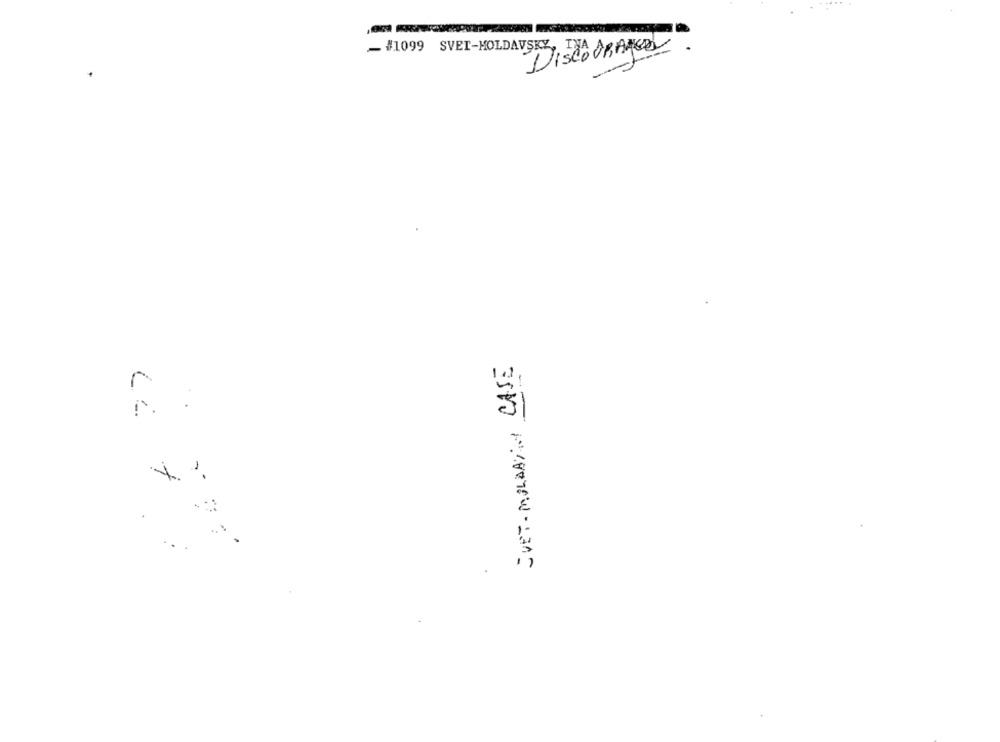
#1099 SVET-MOLDAVSKY, INA ABANCAY
-
JUET - MONDAYIN CASE
..